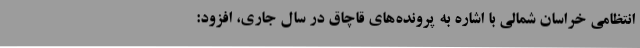
انتظامی خراسان شمالی با اشاره به پرونده‌های قاچاق در سال جاری، افزود: